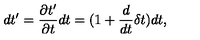
d t ^ { \prime } = \frac { \partial t ^ { \prime } } { \partial t } d t = ( 1 + \frac { d } { d t } \delta t ) d t ,